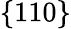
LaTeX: \{ 110\}